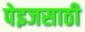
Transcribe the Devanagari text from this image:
पेइजसाठी